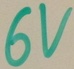
Text: 6V